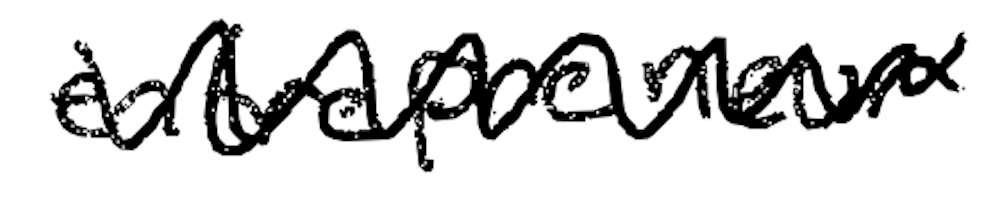
Text: entrepreneur
Cross-out: zig-zag
Writing tool: digital_black